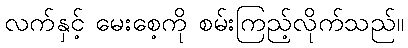
လက်နှင့် မေးစေ့ကို စမ်းကြည့်လိုက်သည်။